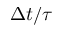
\Delta t / \tau